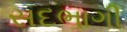
સદભાગી